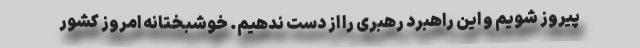
پیروز شویم و این راهبرد رهبری را از دست ندهیم. خوشبختانه امروز کشور